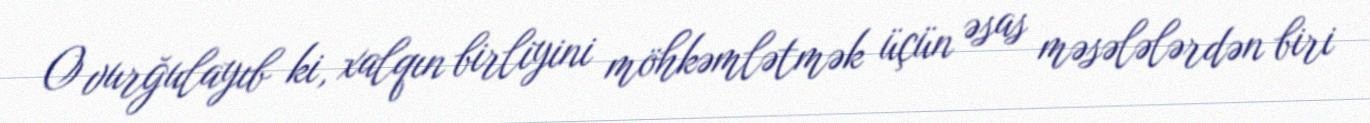
O vurğulayıb ki, xalqın birliyini möhkəmlətmək üçün əsas məsələlərdən biri